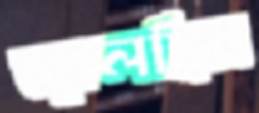
জ্বালছিস